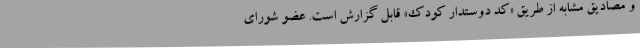
و مصادیق مشابه از طریق «کد دوستدار کودک» قابل گزارش است. عضو شورای